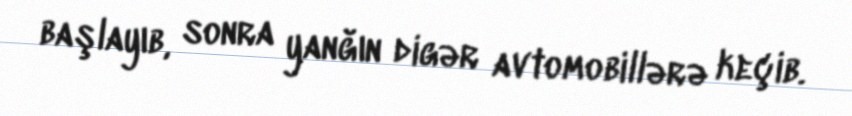
başlayıb, sonra yanğın digər avtomobillərə keçib.